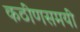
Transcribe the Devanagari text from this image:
कठीणसमयी